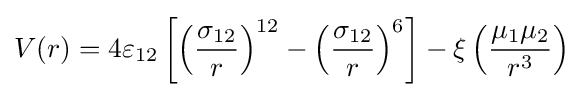
V(r)=4\varepsilon _{12}\left[\left({\frac {\sigma _{12}}{r}}\right)^{12}-\left({\frac {\sigma _{12}}{r}}\right)^{6}\right]-\xi \left({\frac {\mu _{1}\mu _{2}}{r^{3}}}\right)